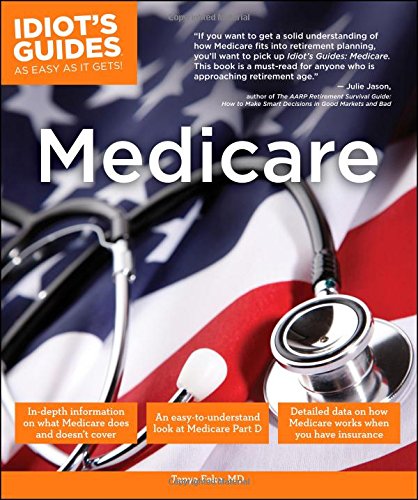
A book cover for Idiot's Guides: Medicare; Tanya Feke; Medical Books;